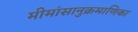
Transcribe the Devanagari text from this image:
मीमांसानुक्रमाणिका